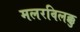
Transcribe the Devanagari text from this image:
मलरविलक्कु